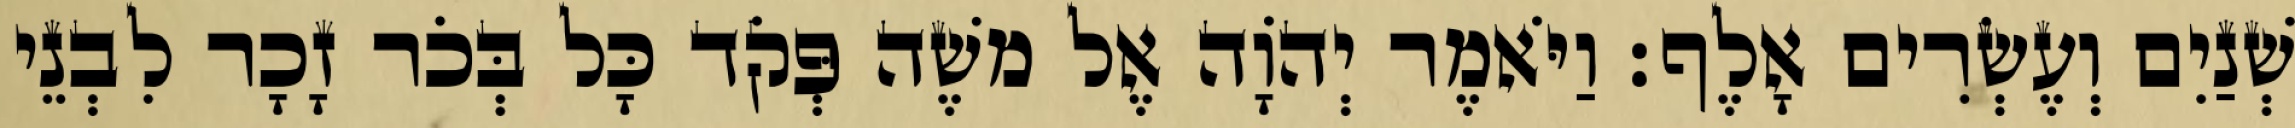
שְׁנַיִם וְעֶשְׂרִים אָלֶף׃ וַיֹּאמֶר יְהֹוָה אֶל משֶׁה פְּקֹד כָּל בְּכֹר זָכָר לִבְנֵי